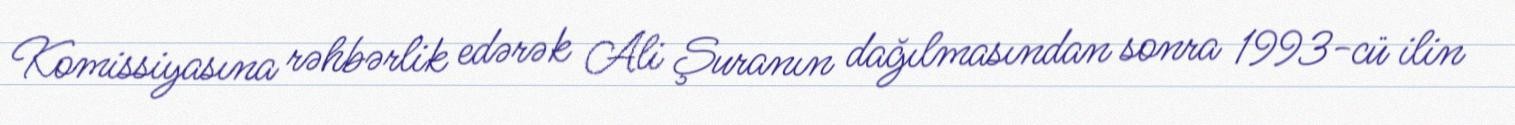
Komissiyasına rəhbərlik edərək Ali Şuranın dağılmasından sonra 1993-cü ilin